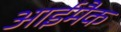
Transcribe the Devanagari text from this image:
आईमैक